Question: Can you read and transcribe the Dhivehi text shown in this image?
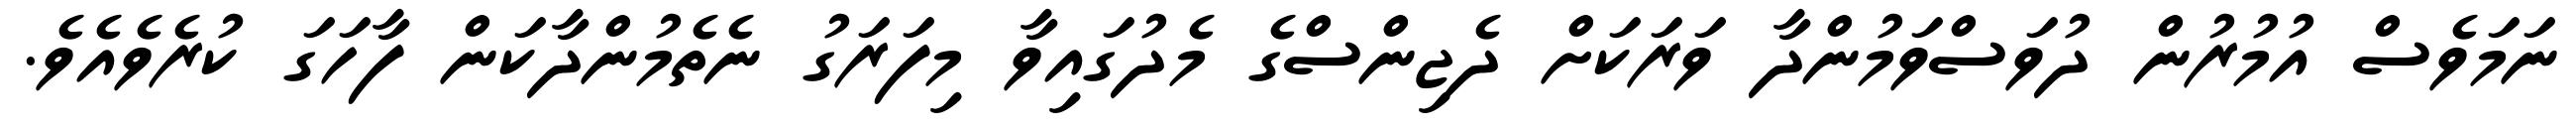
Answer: ނަމަވެސް އުމުރުން ދުވަސްވަމުންދާ ވަރަކަށް ދެޖިންސްގެ މެދުގައިވާ މިފަރަގު ނެތެމުންދާކަން ފާހަގަ ކުރެވެއެވެ.